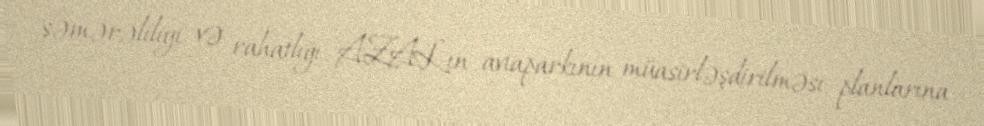
səmərəliliyi və rahatlığı AZAL-ın aviaparkının müasirləşdirilməsi planlarına